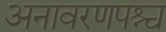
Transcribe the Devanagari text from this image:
अनावरणपश्च